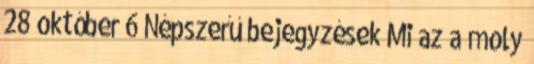
28 október 6 Népszerű bejegyzések Mi az a moly